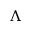
\Lambda